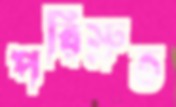
পরিস্রুত